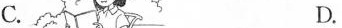
C. D.